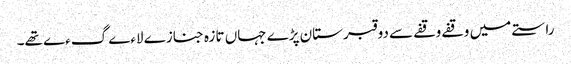
راستے میں وقفے وقفے سے دو قبرستان پڑے جہاں تازہ جنازے لاءے گءے تھے۔